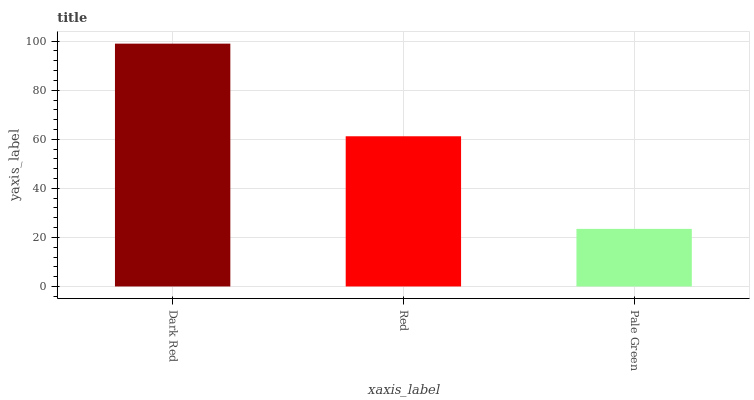
| xaxis_label | bars |
 | --- | --- |
 | Dark Red | 99 |
 | Red | 61.2 |
 | Pale Green | 23.5 |